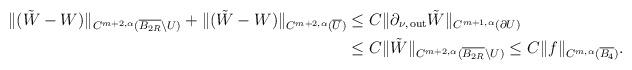
LaTeX: \begin{align*}\| (\tilde W-W) \|_{C^{m+2,\alpha}(\overline{B_{2R}}\setminus U)} + \| (\tilde W-W) \|_{C^{m+2,\alpha}(\overline U)} &\le C \| \partial_{\nu,\,{\rm out}}\tilde W\|_{C^{m+1,\alpha}(\partial U)} \\ &\le C \| \tilde W \|_{C^{m+2,\alpha}(\overline{B_{2R}}\setminus U)} \le C \|f\|_{C^{m,\alpha}(\overline{B_4})}.\end{align*}